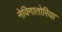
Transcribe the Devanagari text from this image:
नेविगातोरिया